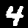
Label: 4